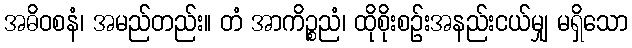
အဓိဝစနံ၊ အမည်တည်း။ တံ အာကိဉ္စညံ၊ ထိုစိုးစဉ်းအနည်းငယ်မျှ မရှိသော